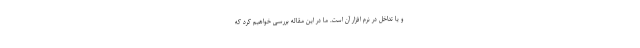
و یا تداخل در نرم افزار آن است. ما در این مقاله بررسی خواهیم کرد که